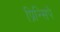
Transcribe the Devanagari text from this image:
प्रिन्सिपे